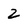
Character: 2